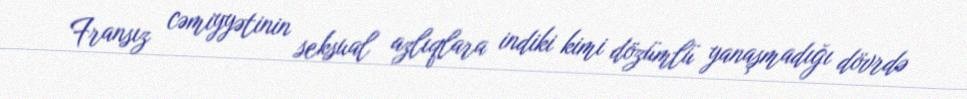
Fransız cəmiyyətinin seksual azlıqlara indiki kimi dözümlü yanaşmadığı dövrdə